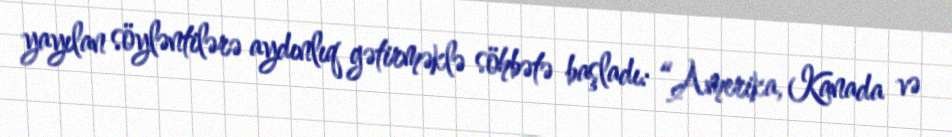
yayılan söyləntilərə aydınlıq gətirməklə söhbətə başladı: “Amerika, Kanada və